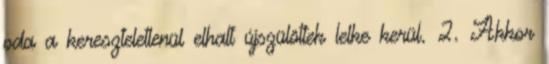
oda a kereszteletlenül elhalt újszülöttek lelke kerül. 2. Akkor